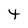
Character: t